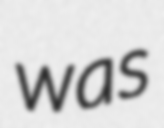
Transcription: was